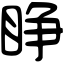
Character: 睁